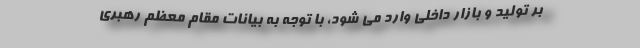
بر تولید و بازار داخلی وارد می شود، با توجه به بیانات مقام معظم رهبری